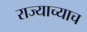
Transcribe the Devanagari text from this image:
राज्याच्याच